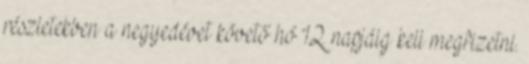
részletekben a negyedévet követő hó 12. napjáig kell megfizetni.